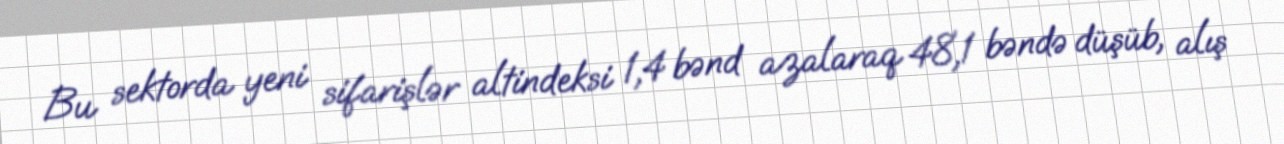
Bu sektorda yeni sifarişlər altindeksi 1,4 bənd azalaraq 48,1 bəndə düşüb, alış